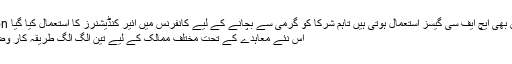
Image caption ائیر کنڈیشنرز میں بھی ایچ ایف سی گیسز استعمال ہوتی ہیں تاہم شرکا کو گرمی سے بچانے کے لیے کانفرنس میں ائیر کنڈیشنرز کا استعمال کیا گیا
اس نئے معاہدے کے تحت مختلف ممالک کے لیے تین الگ الگ طریقہ کار وضع کیے گئے ہیں۔